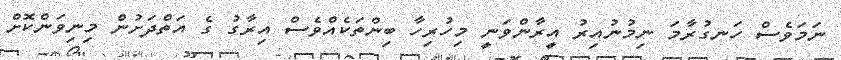
ނަމަވެސް ހަނގުރާމަ ނިމުނުއިރު އީރާންވަނީ މިހުރިހާ ބިންތަކެއްވެސް އިރާގު ގެ އަތްދަށުން މިނިވަންކޮށް